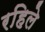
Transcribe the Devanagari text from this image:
रहिले